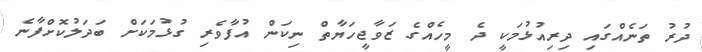
ދުރު ތަނެއްގައި ދިރިއުޅުމަކީ ދެ މީހެއްގެ ޒަވާޖީހަޔާތް ނިކަން އުފާވެރި ގުޅުމަކަށް ބަދަލުކޮށްފާނެ